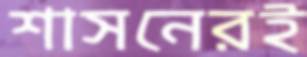
শাসনেরই